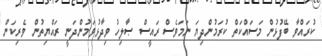
ކުރައްވާ ބޭފުޅުން މަސައްކަތް ކުރަމުންދިޔަ ނަމަވެސް ރައީސް ޞާލިހު ވިދާޅުވަމުންދަނީ ރައްޔިތުން ވެރިކަން